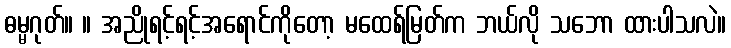
ဓမ္မဂုတ်။ ။ အညိုရင့်ရင့်အရောင်ကိုတော့ မထေရ်မြတ်က ဘယ်လို သဘော ထားပါသလဲ။